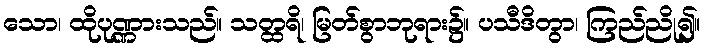
သော၊ ထိုပုဏ္ဏားသည်။ သတ္ထရိ၊ မြတ်စွာဘုရား၌။ ပသီဒိတွာ၊ ကြည်ညို၍။